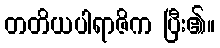
တတိယပါရာဇိက ပြီး၏။